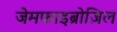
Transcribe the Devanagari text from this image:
जेमफाइब्रोज़िल